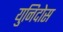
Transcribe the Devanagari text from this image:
युनिदोस